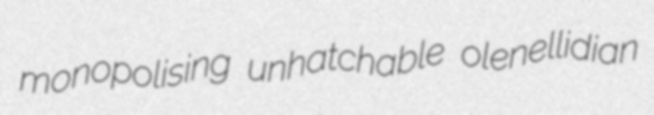
monopolising unhatchable olenellidian